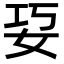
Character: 㚽